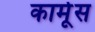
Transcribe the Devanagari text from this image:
कार्मूस